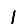
Digit: 1